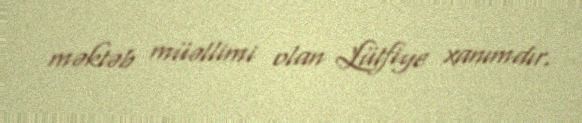
məktəb müəllimi olan Lütfiye xanımdır.